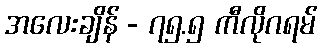
အလေးချိန် - ၇၅.၅ ကီလိုဂရမ်